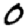
Digit: 0